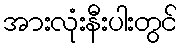
အားလုံးနီးပါးတွင်